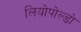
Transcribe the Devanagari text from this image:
लियोपोल्डो